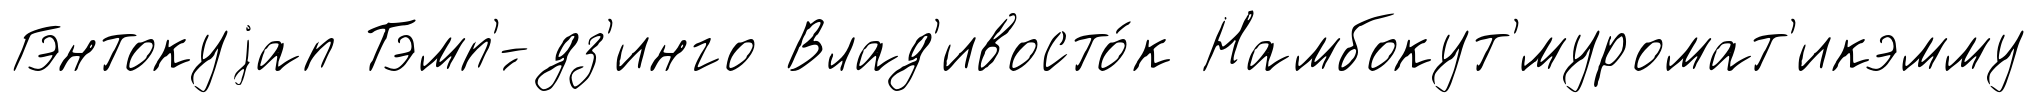
Гэнтокуjап Тэмп'́-дз'инго Влад'ивосто́к Намбокут'́муромат'икэмму